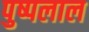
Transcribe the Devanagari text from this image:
पुष्पलाल